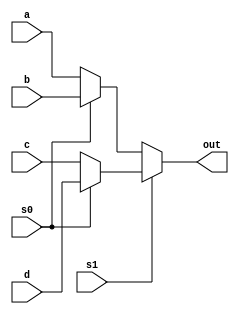
module Mux4DataFlow (
input    a, 
input    b, 
input    c, 
input    d, 
input    s0, s1,
output    out
); 

 assign out = s1 ? (s0 ? d : c) : (s0 ? b : a); 

endmodule